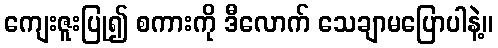
ကျေးဇူးပြု၍ စကားကို ဒီလောက် သေချာမပြောပါနဲ့။